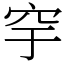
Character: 穻